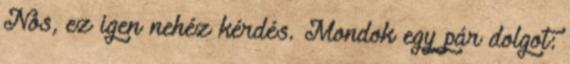
Nos, ez igen nehéz kérdés. Mondok egy pár dolgot: